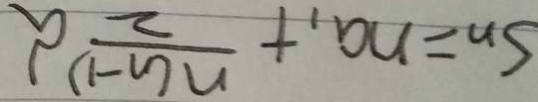
S _ { n } = n a _ { 1 } + \frac { n ( n - 1 ) } { 2 } d